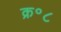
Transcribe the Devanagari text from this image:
क्र॰८